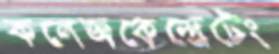
কলেজকেন্দ্রেটেং